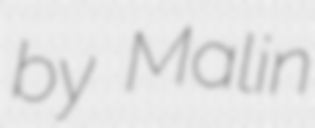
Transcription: by Malin